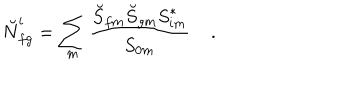
LaTeX: \breve { N } _ { f g } ^ { i } = \sum _ { m } { \frac { \breve { S } _ { f m } \breve { S } _ { g m } { S } _ { i m } ^ { * } } { { S } _ { 0 m } } } \; .